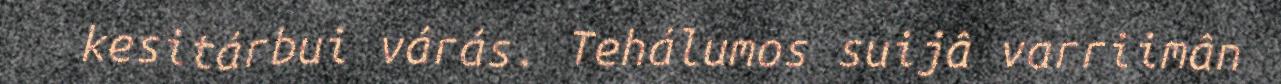
kesitárbui várás. Tehálumos suijâ varriimân